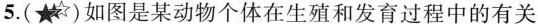
5.如图是某动物个体在生殖和发育过程中的有关